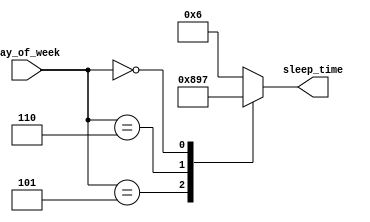
// Copyright 2003 Star Galaxy Publishing

module case_ex (day_of_week, sleep_time);
  input [2:0] day_of_week;

  output[3:0] sleep_time;
  reg[3:0] sleep_time;

  always @(day_of_week)
    case (day_of_week)
      1, 2, 3, 4: sleep_time = 6;
      5 : sleep_time = 8;
      6 : sleep_time = 9;
      0 : sleep_time = 7;
      default : sleep_time = 6;
    endcase
endmodule